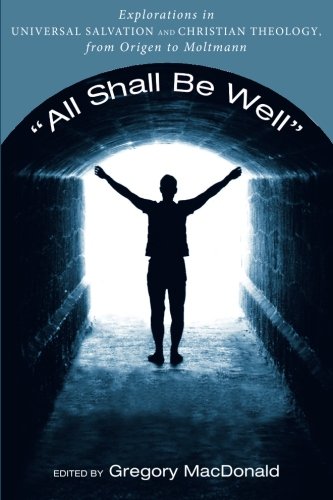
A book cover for All Shall Be Well: Explorations in Universal Salvation and Christian Theology, from Origen to Moltmann; Christian Books & Bibles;